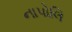
નાપોલિ